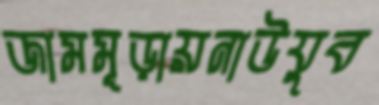
জামমূড়ায়নাউযুব